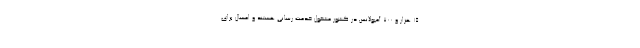
۱۵ هزار و ۷۰۰ آمبولانس در کشور مشغول خدمت رسانی هستند و امسال برای